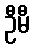
ဦမီ